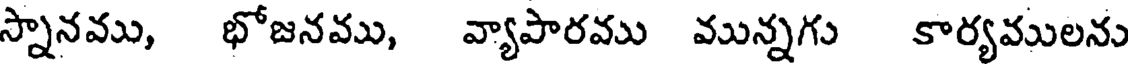
స్నానము, భోజనము, వ్యాపారము మున్నగు కార్యములను